Indian journal of veterinary science and animal husbandry - Volumes 18-21, 1948-1951
Year: 1948
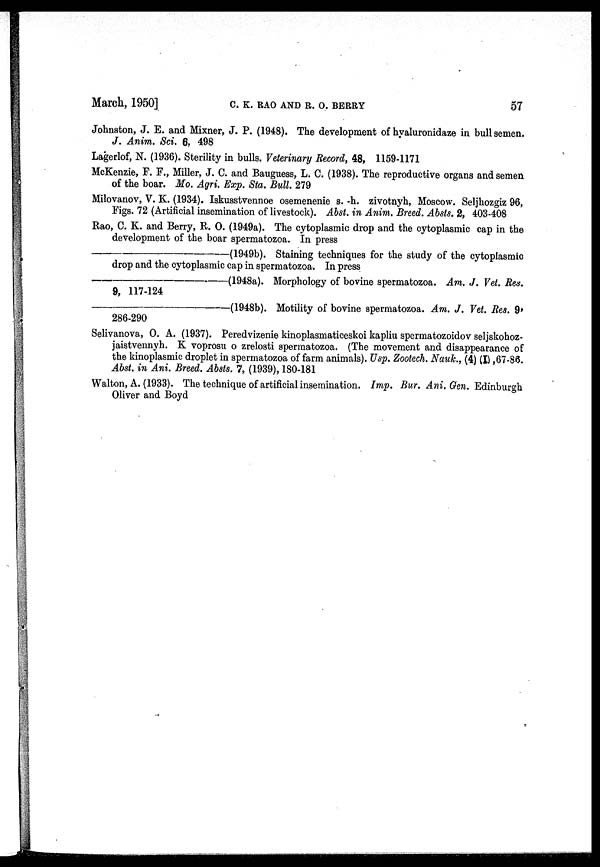
March, 1950]
C.
K.
RAO
AND
R.
O.
BERRY
57
Johnston, J. E. and Mixner, J. P. (1948). The development of hyaluronidaze in bull semen.
J. Anim. Sci. 6, 498
Lagerlof, N. (1936). Sterility in bulls. Veterinary Record, 48, 1159-1171
McKenzie, F. F., Miller, J. C. and Bauguess, L. C. (1938). The reproductive organs and semen
of the boar. Mo. Agri. Exp. Sta. Bull. 279
Milovanov, V. K. (1934). Iskusstvennoe osemenenie s. -h. zivotnyh, Moscow. Seljhozgiz 96,
Figs. 72 (Artificial insemination of livestock). Abst. in Anim. Breed. Absts. 2, 403-408
Rao, C. K. and Berry, R. O. (1949a). The cytoplasmic drop and the cytoplasmic cap in the
development of the boar spermatozoa. In press
—(1949b).
Staining techniques for the study of the cytoplasmic
drop and the cytoplasmic cap in spermatozoa. In press
—(1948a).
Morphology of bovine spermatozoa. Am. J. Vet. Res.
9, 117-124
—(1948b).
Motility of bovine spermatozoa. Am. J. Vet. Res. 9,
286-290
Selivanova, O. A. (1937). Peredvizenie kinoplasmaticeskoi kapliu spermatozoidov seljskohoz-
jaistvennyh. K voprosu o zrelosti spermatozoa. (The movement and disappearance of
the kinoplasmic droplet in spermatozoa of farm animals). Usp. Zootech. Nauk., (4) (I) ,67-86.
Abst. in Ani. Breed. Absts. 7, (1939), 180-181
Walton, A. (1933). The technique of artificial insemination. Imp. Bur. Ani. Gen. Edinburgh
Oliver and Boyd